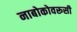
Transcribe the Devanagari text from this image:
नाबोकोवरूसी